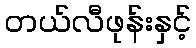
တယ်လီဖုန်းနှင့်